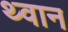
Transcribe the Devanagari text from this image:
थ्वान